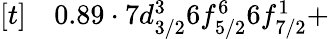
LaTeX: \begin{array}{rl}{[t]}&{{}0.89\cdot 7d_{3/2}^{3}6f_{5/2}^{6}6f_{7/2}^{1}+}\end{array}